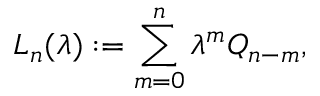
L _ { n } ( \lambda ) : = \sum _ { m = 0 } ^ { n } \lambda ^ { m } Q _ { n - m } ,